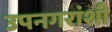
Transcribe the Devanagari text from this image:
उपनगरांशी